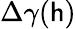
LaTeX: \Delta\gamma(\mathsf{h})